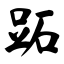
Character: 跖